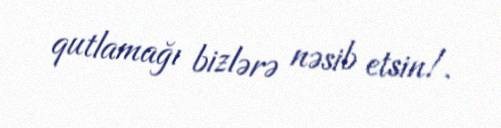
qutlamağı bizlərə nəsib etsin!.